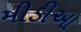
મીડીઆ